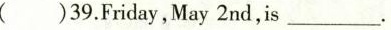
( )39.Friday,May 2 nd，is___.